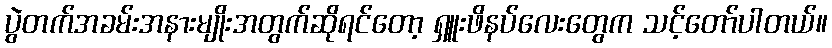
ပွဲတက်အခမ်းအနားမျိုးအတွက်ဆိုရင်တော့ ရှူးဖိနပ်လေးတွေက သင့်တော်ပါတယ်။